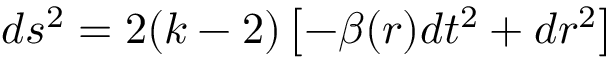
d s ^ { 2 } = 2 ( k - 2 ) \left[ - \beta ( r ) d t ^ { 2 } + d r ^ { 2 } \right]